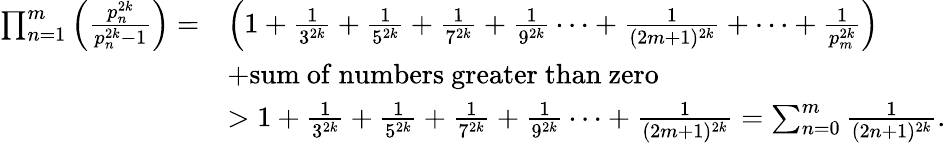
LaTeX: \begin{array}{rl}{\prod_{n=1}^{m}\left(\frac{p_{n}^{2k}}{p_{n}^{2k}-1}\right)=}&{\left(1+\frac{1}{3^{2k}}+\frac{1}{5^{2k}}+\frac{1}{7^{2k}}+\frac{1}{9^{2k}}\cdots+\frac{1}{(2m+1)^{2k}}+\cdots+\frac{1}{p_{m}^{2k}}\right)}\\ &{+\mathrm{sum~of~numbers~greater~than~zero}}\\ &{>1+\frac{1}{3^{2k}}+\frac{1}{5^{2k}}+\frac{1}{7^{2k}}+\frac{1}{9^{2k}}\cdots+\frac{1}{(2m+1)^{2k}}=\sum_{n=0}^{m}\frac{1}{(2n+1)^{2k}}.}\end{array}